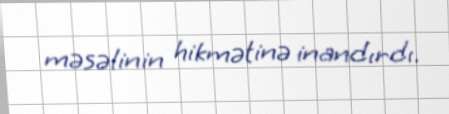
məsəlinin hikmətinə inandırdı.